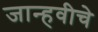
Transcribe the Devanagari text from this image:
जान्हवीचे